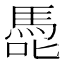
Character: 𭊢